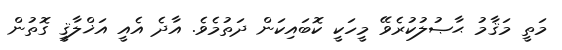
މަތީ މަޤާމު ޙާޞުލުކުރެވޭ މީހަކީ ކޮބައިކަން ދަތުމެވެ. އާދެ އެއީ އަޚްލާޤީ ގޮތުން